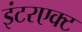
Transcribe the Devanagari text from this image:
इंटरएक्ट